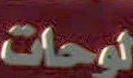
لوحات